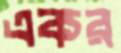
একর